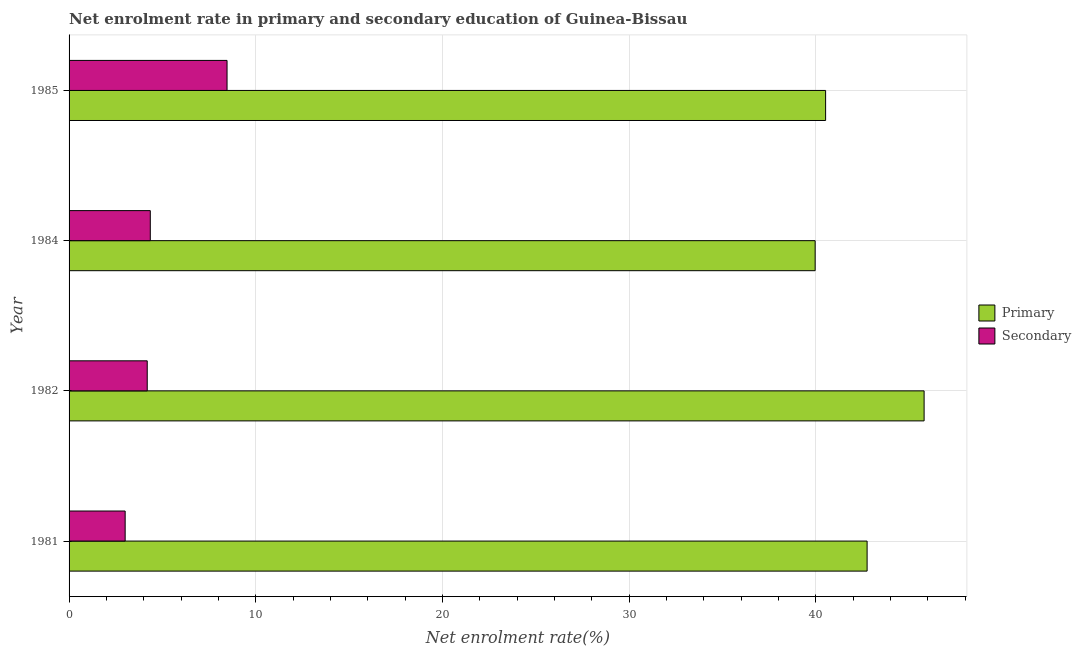
| Year | Primary | Secondary |
 | --- | --- | --- |
 | 1981 | 42.7 | 3 |
 | 1982 | 45.8 | 4.19 |
 | 1984 | 40 | 4.35 |
 | 1985 | 40.5 | 8.46 |